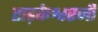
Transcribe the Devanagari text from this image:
ताड़केश्वरजी